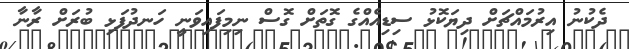
ދެކުނު އިރުމައްޗަށް ދިޔަކޮޅު ސިޑިއެއްގެ ގޮތަށް ގޮސް ނިމިފައިވަނީ ހަނދުފަޅި ބުރަށް ރާނާ